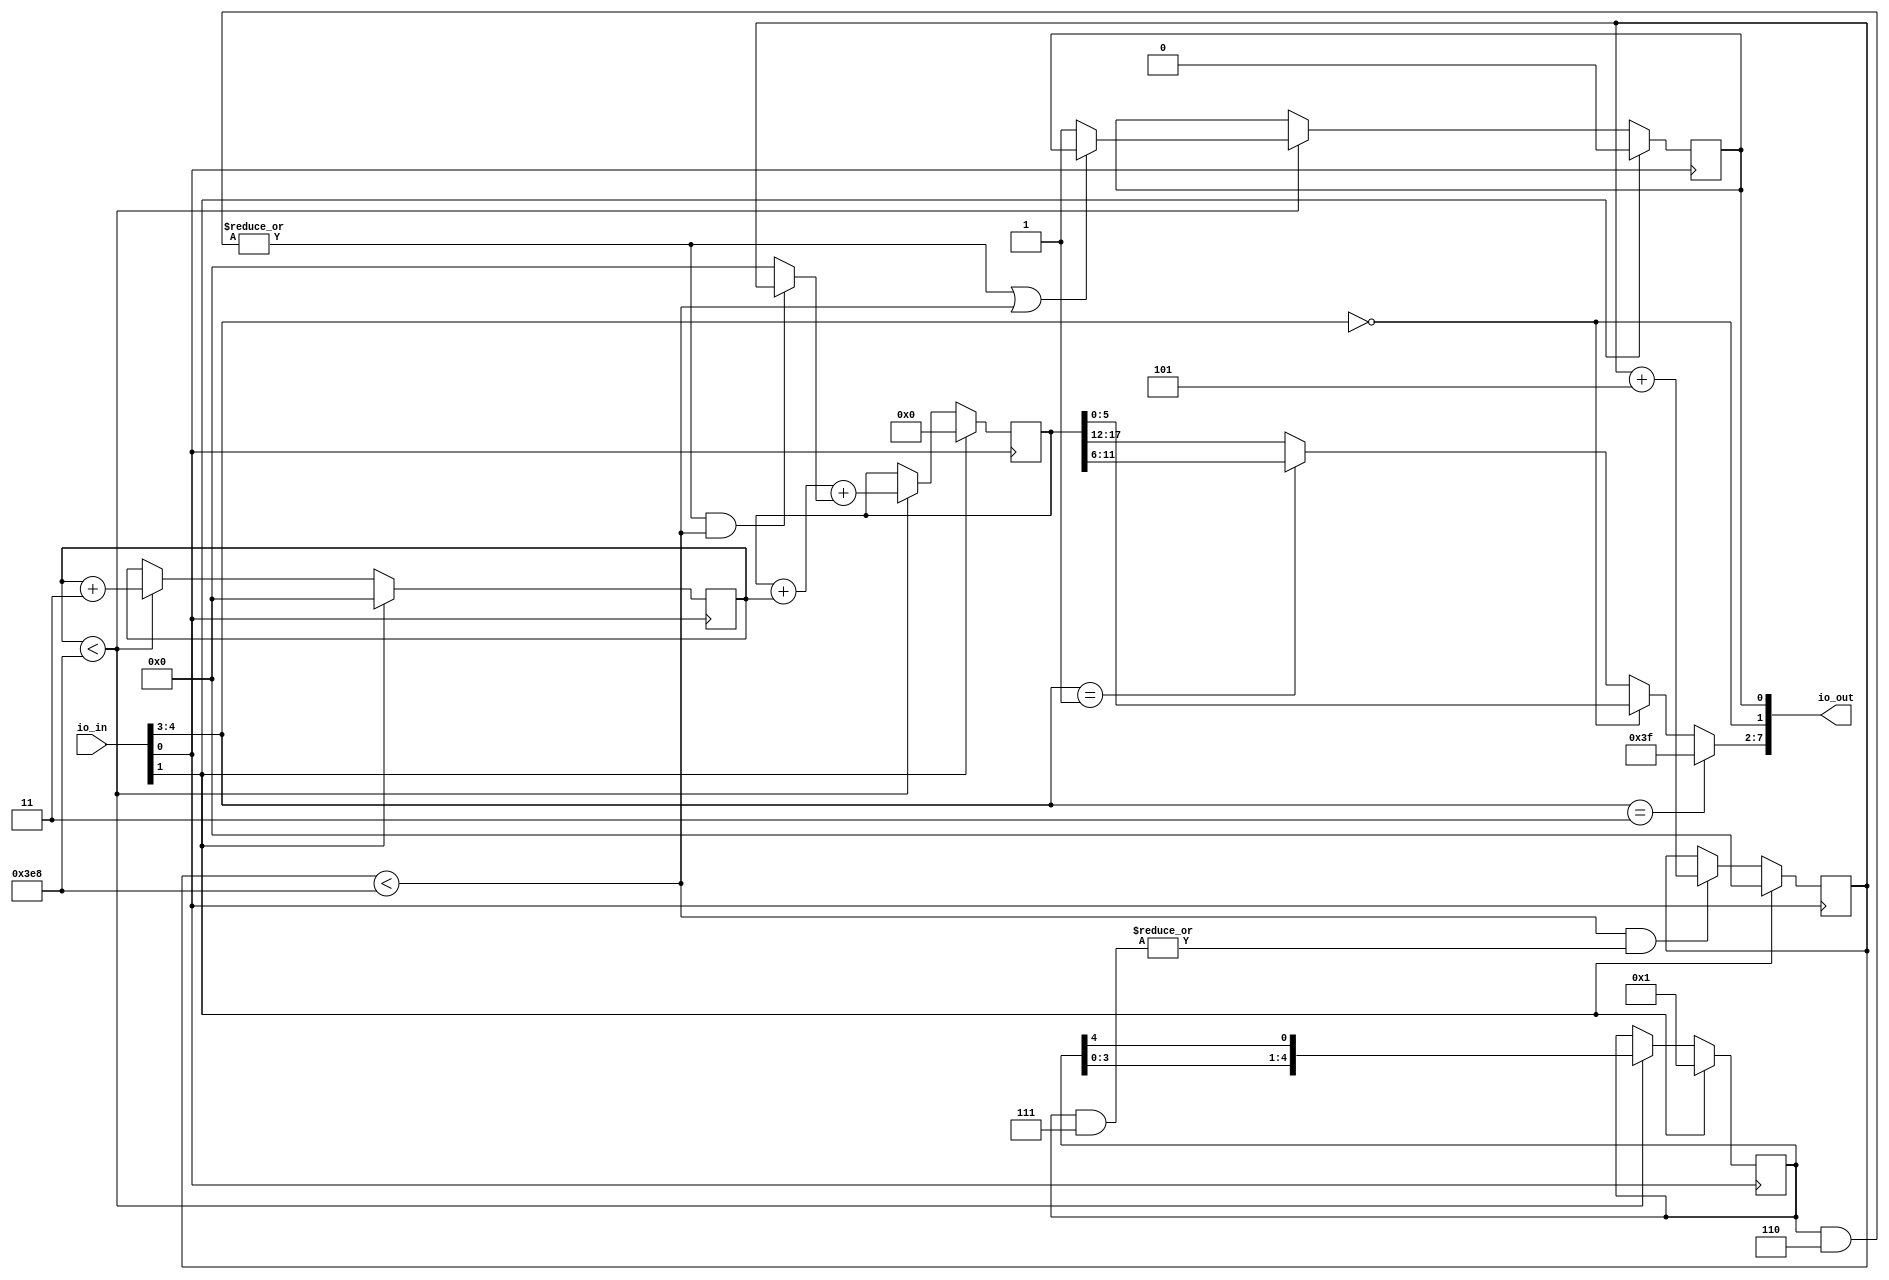
// This program was cloned from: https://github.com/sarfrazenator/Sarfraz_TinyTapeout
// License: Apache License 2.0

/* Generated by Yosys 0.17+72 (git sha1 1eb1bc441, clang 10.0.0-4ubuntu1 -fPIC -Os) */

module user_module_341271902949474898(io_out, io_in);
  reg \$auto$verilog_backend.cc:2083:dump_module$1  = 0;
  wire \$1 ;
  wire [5:0] \$11 ;
  wire \$12 ;
  wire \$15 ;
  wire \$17 ;
  wire [4:0] \$19 ;
  wire \$21 ;
  wire [4:0] \$23 ;
  wire \$25 ;
  wire \$27 ;
  wire [10:0] \$29 ;
  wire [5:0] \$3 ;
  wire [10:0] \$30 ;
  wire [10:0] \$32 ;
  wire [10:0] \$33 ;
  wire [19:0] \$35 ;
  wire [18:0] \$36 ;
  wire [9:0] \$38 ;
  wire \$39 ;
  wire \$4 ;
  wire [19:0] \$42 ;
  wire \$44 ;
  wire \$45 ;
  wire [5:0] \$7 ;
  wire \$8 ;
  reg [9:0] c3 = 10'h000;
  reg [9:0] \c3$next ;
  wire c3_lt_1000;
  reg [9:0] c5 = 10'h000;
  reg [9:0] \c5$next ;
  wire c5_lt_1000;
  input [7:0] io_in;
  wire [7:0] io_in;
  output [7:0] io_out;
  wire [7:0] io_out;
  reg [17:0] result = 18'h00000;
  reg [17:0] \result$next ;
  reg [4:0] shift5 = 5'h01;
  reg [4:0] \shift5$next ;
  wire tiny_clk;
  wire tiny_rst;
  wire v5;
  reg valid = 1'h0;
  reg \valid$next ;
  assign \$7  = \$8  ? result[5:0] : \$3 ;
  assign \$12  = io_in[4:3] == 2'h3;
  assign \$11  = \$12  ? 6'h3f : \$7 ;
  assign \$15  = c3 < 10'h3e8;
  assign \$17  = c5 < 10'h3e8;
  assign \$1  = ! io_in[4:3];
  assign \$19  = shift5 & 3'h6;
  assign \$21  = | \$19 ;
  assign \$23  = shift5 & 3'h7;
  assign \$25  = | \$23 ;
  assign \$27  = c5_lt_1000 & \$25 ;
  assign \$30  = c5 + 3'h5;
  assign \$33  = c3 + 2'h3;
  assign \$36  = result + c3;
  assign \$39  = v5 & c5_lt_1000;
  assign \$38  = \$39  ? c5 : 10'h000;
  assign \$42  = \$36  + \$38 ;
  assign \$45  = v5 | c5_lt_1000;
  assign \$44  = ~ \$45 ;
  always @(posedge tiny_clk)
    c5 <= \c5$next ;
  always @(posedge tiny_clk)
    c3 <= \c3$next ;
  assign \$4  = io_in[4:3] == 1'h1;
  always @(posedge tiny_clk)
    shift5 <= \shift5$next ;
  always @(posedge tiny_clk)
    result <= \result$next ;
  always @(posedge tiny_clk)
    valid <= \valid$next ;
  assign \$3  = \$4  ? result[11:6] : result[17:12];
  assign \$8  = ! io_in[4:3];
  always @* begin
    if (\$auto$verilog_backend.cc:2083:dump_module$1 ) begin end
    \valid$next  = valid;
    casez (c3_lt_1000)
      1'h1:
          casez (\$44 )
            1'h1:
                \valid$next  = 1'h1;
          endcase
    endcase
    casez (tiny_rst)
      1'h1:
          \valid$next  = 1'h0;
    endcase
  end
  always @* begin
    if (\$auto$verilog_backend.cc:2083:dump_module$1 ) begin end
    \c5$next  = c5;
    casez (\$27 )
      1'h1:
          \c5$next  = \$30 [9:0];
    endcase
    casez (tiny_rst)
      1'h1:
          \c5$next  = 10'h000;
    endcase
  end
  always @* begin
    if (\$auto$verilog_backend.cc:2083:dump_module$1 ) begin end
    \c3$next  = c3;
    casez (c3_lt_1000)
      1'h1:
          \c3$next  = \$33 [9:0];
    endcase
    casez (tiny_rst)
      1'h1:
          \c3$next  = 10'h000;
    endcase
  end
  always @* begin
    if (\$auto$verilog_backend.cc:2083:dump_module$1 ) begin end
    \shift5$next  = shift5;
    casez (c3_lt_1000)
      1'h1:
          \shift5$next  = { shift5[3:0], shift5[4] };
    endcase
    casez (tiny_rst)
      1'h1:
          \shift5$next  = 5'h01;
    endcase
  end
  always @* begin
    if (\$auto$verilog_backend.cc:2083:dump_module$1 ) begin end
    \result$next  = result;
    casez (c3_lt_1000)
      1'h1:
          \result$next  = \$42 [17:0];
    endcase
    casez (tiny_rst)
      1'h1:
          \result$next  = 18'h00000;
    endcase
  end
  assign \$29  = \$30 ;
  assign \$32  = \$33 ;
  assign \$35  = \$42 ;
  assign v5 = \$21 ;
  assign c5_lt_1000 = \$17 ;
  assign c3_lt_1000 = \$15 ;
  assign io_out = { \$11 , \$1 , valid };
  assign tiny_rst = io_in[1];
  assign tiny_clk = io_in[0];
endmodule